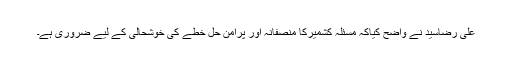
علی رضاسید نے واضح کیاکہ مسئلہ کشمیرکا منصفانہ اور پرامن حل خطے کی خوشحالی کے لیے ضروری ہے۔